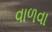
વાળવા